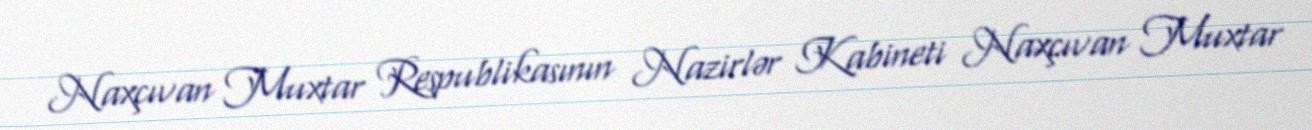
Naxçıvan Muxtar Respublikasının Nazirlər Kabineti Naxçıvan Muxtar